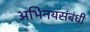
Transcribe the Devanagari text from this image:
अभिनयसंबंधी